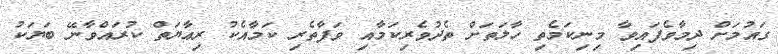
ގައުމަށް ދިމާވެފައިވާ މިނިކަމެތި ހާލަތަށް ތެދުވެރިކަމާއި ވަފާތެރި ކަމާއެކު ރިޢާޔަތް ކުރައްވާނޭ ބަޔަކު